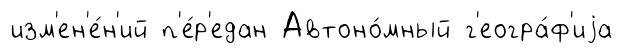
изм'ен'е́н'ий п'е́р'едан Автоно́мный г'еогра́ф'иjа